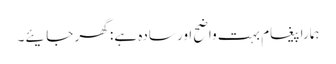
ہمارا پیغام بہت واضح اور سادہ ہے: گھر جایئے۔